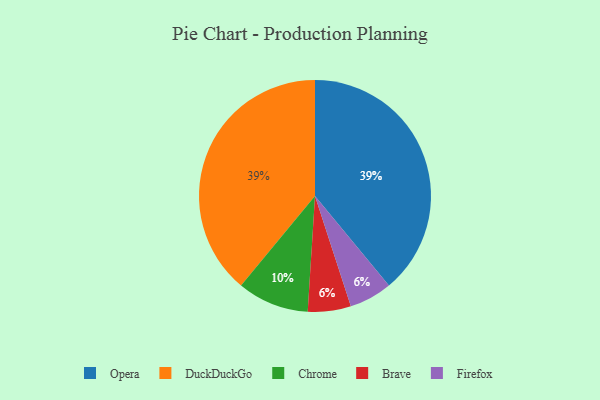
{"axis": {"x": "Category", "y": "Percentage"}, "legend": ["Brave", "Chrome", "DuckDuckGo", "Firefox", "Opera"], "data": [{"x": "Opera", "y": 39, "type": "Opera"}, {"x": "Chrome", "y": 10, "type": "Chrome"}, {"x": "DuckDuckGo", "y": 39, "type": "DuckDuckGo"}, {"x": "Brave", "y": 6, "type": "Brave"}, {"x": "Firefox", "y": 6, "type": "Firefox"}]}